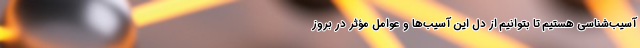
آسیب‌شناسی هستیم تا بتوانیم از دل این آسیب‌ها و عوامل مؤثر در بروز